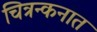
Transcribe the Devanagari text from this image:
चित्रन्कनात